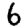
Digit: 6